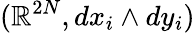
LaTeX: (\mathbb{R}^{2N},dx_{i}\wedge dy_{i})